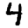
Digit: 4